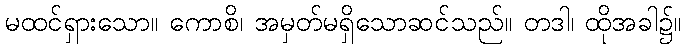
မထင်ရှားသော။ ကောစိ၊ အမှတ်မရှိသောဆင်သည်။ တဒါ၊ ထိုအခါ၌။